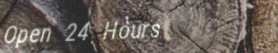
Open 24 Hours